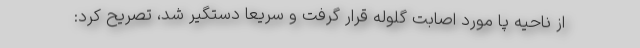
از ناحیه پا مورد اصابت گلوله قرار گرفت و سریعا دستگیر شد، تصریح کرد: